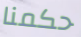
حكمنا